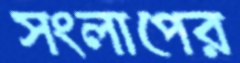
সংলাপের